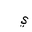
Letter: _ya